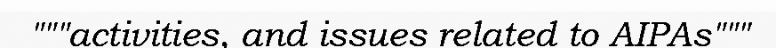
"""activities, and issues related to AIPAs"""